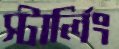
স্টার্লিং